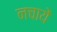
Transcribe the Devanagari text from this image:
नचायें